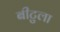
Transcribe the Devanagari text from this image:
बीटुला